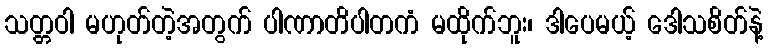
သတ္တဝါ မဟုတ်တဲ့အတွက် ပါဏာတိပါတကံ မထိုက်ဘူး၊ ဒါပေမယ့် ဒေါသစိတ်နဲ့